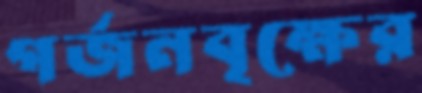
গর্জনবৃক্ষের